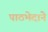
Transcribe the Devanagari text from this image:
पाठभेदाने